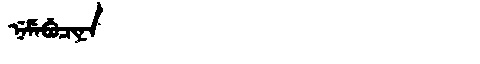
Manchu: ᠨᡝᠮᡝᠪᡠᠴᡳᠨᠠ
Romanization: NEMEBUCINA